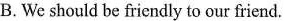
B. We should be friendly to our friend.